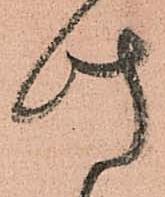
此